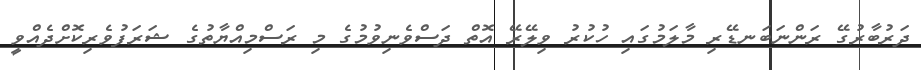
ދަރުބާރުގޭ ރަންނަބަނޑޭރި މާލަމުގައި ހުކުރު ވިލޭރޭ އޮތް ދަސްވެނިވުމުގެ މި ރަސްމިއްޔާތުގެ ޝަރަފުވެރިކޮށްދެއްވީ